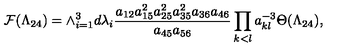
{ \cal F } ( \Lambda _ { 2 4 } ) = \wedge _ { i = 1 } ^ { 3 } d \lambda _ { i } \frac { a _ { 1 2 } a _ { 1 5 } ^ { 2 } a _ { 2 5 } ^ { 2 } a _ { 3 5 } ^ { 2 } a _ { 3 6 } a _ { 4 6 } } { a _ { 4 5 } a _ { 5 6 } } \prod _ { k < l } a _ { k l } ^ { - 3 } \Theta ( \Lambda _ { 2 4 } ) ,